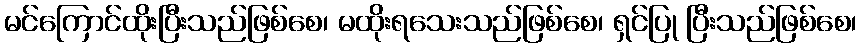
မင်ကြောင်ထိုးပြီးသည်ဖြစ်စေ၊ မထိုးရသေးသည်ဖြစ်စေ၊ ရှင်ပြု ပြီးသည်ဖြစ်စေ၊